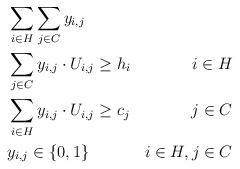
LaTeX: \begin{align*}\begin{aligned} & \sum_{i \in H}\sum_{j \in C} y_{i,j} \\ & \sum_{j\in C} y_{i,j}\cdot U_{i,j} \geq h_i & i\in H \\& \sum_{i\in H} y_{i,j}\cdot U_{i,j} \geq c_j & j\in C \\& y_{i,j}\in\{0,1\} & i\in H, j\in C\end{aligned}\end{align*}